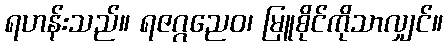
ရဟန်းသည်။ ရဇဂ္ဂညေဝ၊ မြူစိုင်ကိုသာလျှင်။